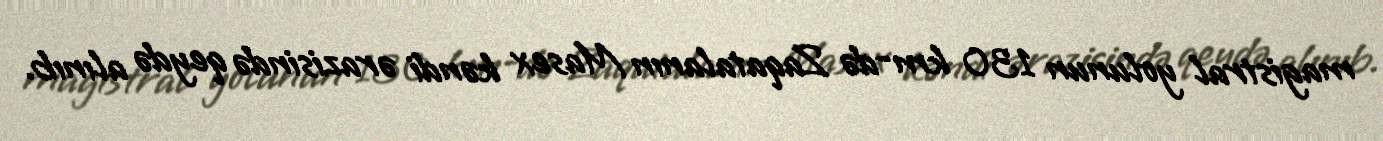
magistral yolunun 130 km-də Zaqatalanın Masex kəndi ərazisində qeydə alınıb.